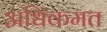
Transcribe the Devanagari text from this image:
अधिकमत